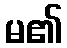
မ၏